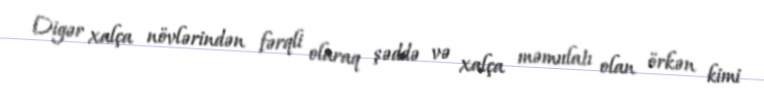
Digər xalça növlərindən fərqli olaraq şəddə və xalça məmulatı olan örkən kimi